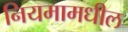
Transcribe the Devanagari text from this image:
नियमामधील